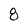
Character: 8